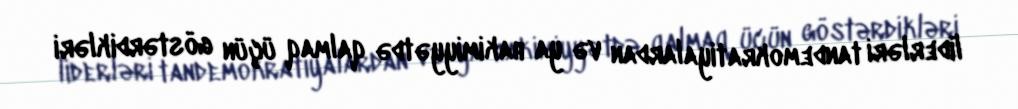
liderləri tandemokratiyalardan və ya hakimiyyətdə qalmaq üçün göstərdikləri